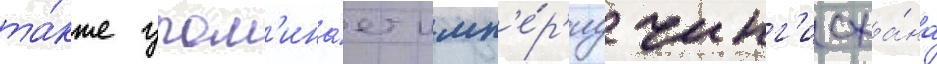
та́кже упом'ина́ет имп'е́р'иу чинг'исха́на